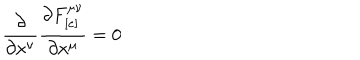
LaTeX: \frac { \partial } { \partial x ^ { \nu } } \frac { \partial F _ { [ e ] } ^ { \mu \nu } } { \partial x ^ { \mu } } = 0